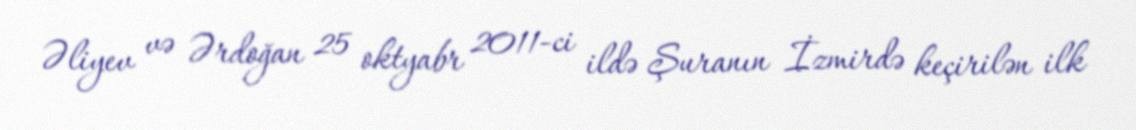
Əliyev və Ərdoğan 25 oktyabr 2011-ci ildə Şuranın İzmirdə keçirilən ilk